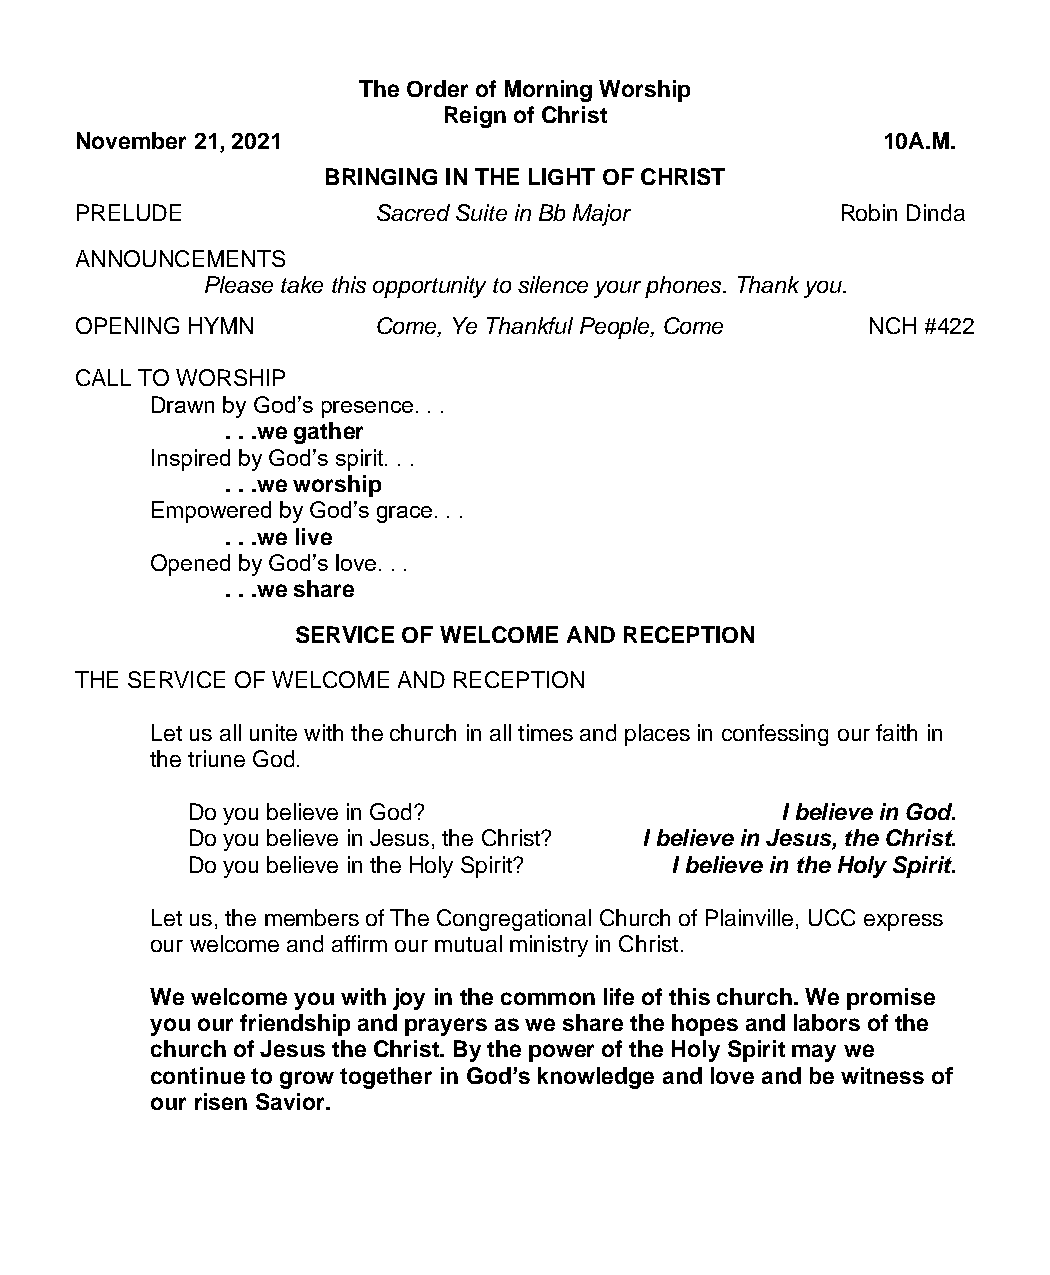
The Order of Morning Worship
 Reign of Christ
 November 21, 2021                                    10A.M.
 BRINGING IN THE LIGHT OF CHRIST
 PRELUDE             Sacred Suite in Bb Major       Robin Dinda
 ANNOUNCEMENTS
 Please take this opportunity to silence your phones. Thank you.
 OPENING HYMN        Come, Ye Thankful People, Come  NCH #422
 CALL TO WORSHIP
 Drawn by God’s presence. . .
 . . .we gather
 Inspired by God’s spirit. . .
 . . .we worship
 Empowered by God’s grace. . .
 . . .we live
 Opened by God’s love. . .
 . . .we share
 SERVICE OF WELCOME AND RECEPTION
 THE SERVICE OF WELCOME AND RECEPTION
 Let us all unite with the church in all times and places in confessing our faith in
 the triune God.
 Do you believe in God?                  I believe in God.
 Do you believe in Jesus, the Christ? I believe in Jesus, the Christ.
 Do you believe in the Holy Spirit? I believe in the Holy Spirit.
 Let us, the members of The Congregational Church of Plainville, UCC express
 our welcome and affirm our mutual ministry in Christ.
 We welcome you with joy in the common life of this church. We promise
 you our friendship and prayers as we share the hopes and labors of the
 church of Jesus the Christ. By the power of the Holy Spirit may we
 continue to grow together in God’s knowledge and love and be witness of
 our risen Savior.